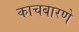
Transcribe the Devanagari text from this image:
काचबारणे